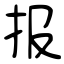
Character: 报